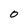
Character: 0